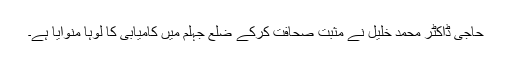
حاجی ڈاکٹر محمد خلیل نے مثبت صحافت کرکے ضلع جہلم میں کامیابی کا لوہا منوایا ہے۔